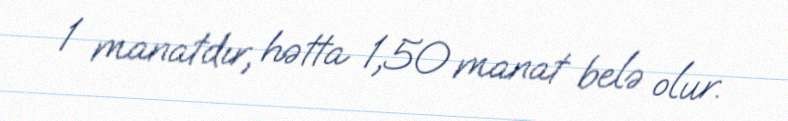
1 manatdır, hətta 1,50 manat belə olur.